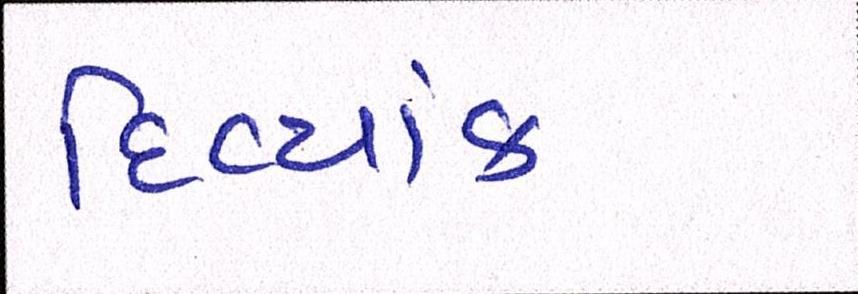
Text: દિવ્યાંક